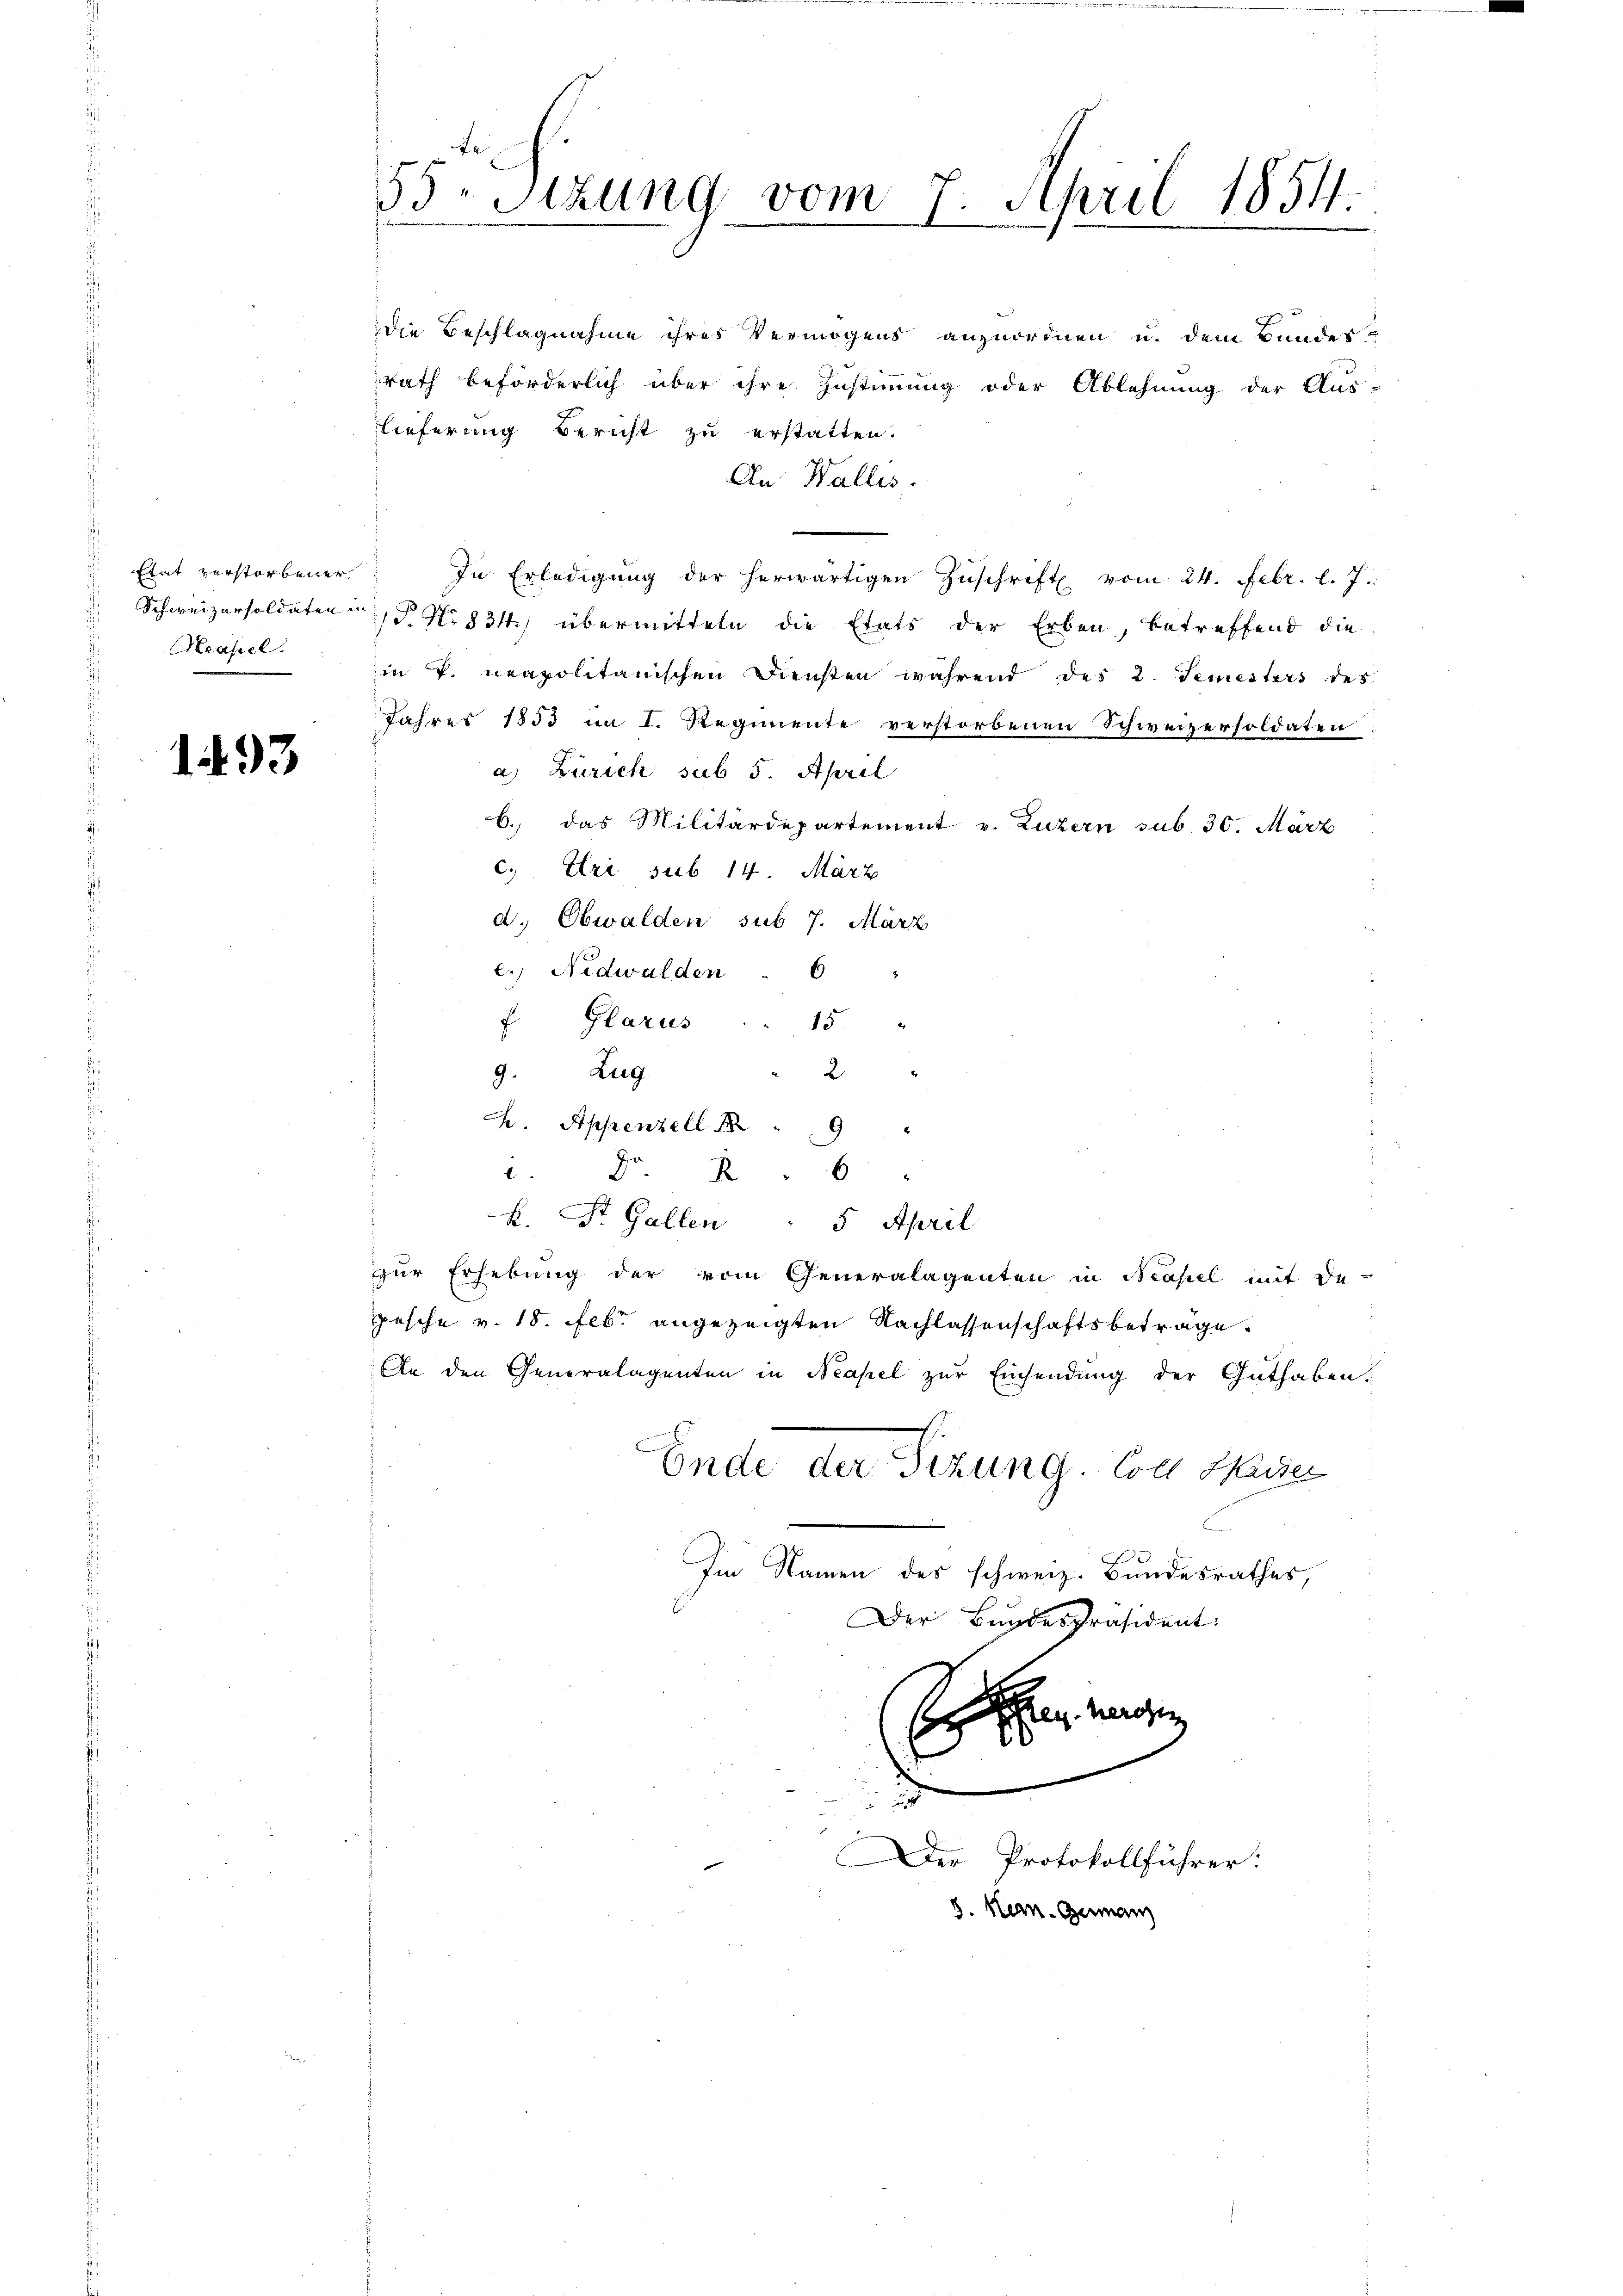
Etat verstorbener
Keasiel

1493

Die Beschlagnahme ihres Vermögens anzuordnen u. dem Bunder-
rath beförderlich über ihre Zustimmung oder Ablehnung der Aus-
Lieferung Bericht zu erstatten.
An Wallis.
In Erledigŭng der herwärtigen Zŭschrift vom 24. Febr. l. J.
Schweizersoldaten No. 831) übermitteln die Etats der Erben, betreffend die
in v. neapolitanischen Diensten während des 2. Semesters des
Jahres 1853 im I. Regimente verstorbenen Schweizersoldaten:
a) Zürich sub 5. April
6. das Militärdepartement v. Luzern sub. 30. März
c. Uri sub 14. März
d. Obwalden sub 7. März
e.) Nidwalden . 6 "
f Glarus
15
2
9. Zug
2. Appenzell 189
 D. R
k. St. Gallen " 5 April
zur Erhebung der vom Generalagenten in Neapel mit de
pesche v. 18. Febr. angezeigten Nachlassenschaftsbeträge.
An den Generalagenten in Neapel zur Einsendung der Guthaben.
Ende der Sizung. Von Harze
Im Namen des schweiz. Bundesrathes,
Der Bundespräsident:

55. Sitzung vom 7.
April 1854.

Er er machen
e
c
Der Protokollführer:
3. Hen-German